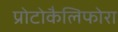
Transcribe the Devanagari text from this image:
प्रोटोकैलिफोरा